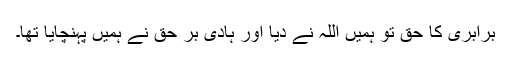
برابری کا حق تو ہمیں اللہ نے دیا اور ہادی بر حقؐ نے ہمیں پہنچایا تھا۔